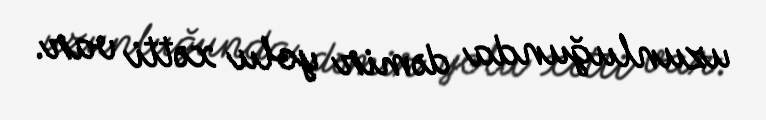
uzunluğunda dəmir yolu xətti var.